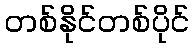
တစ်နိုင်တစ်ပိုင်